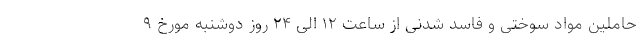
حاملین مواد سوختی و فاسد شدنی از ساعت ۱۲ الی ۲۴ روز دوشنبه مورخ ۹